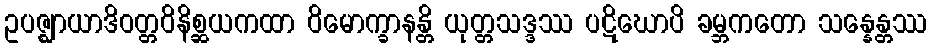
ဥပဇ္ဈာယာဒိဝတ္တဝိနိစ္ဆယကထာ ဝိမောက္ခာနန္တိ ယုတ္တသဒ္ဒဿ ပဋိဃောပိ ခမ္ဘကတော သန္နေန္တဿ